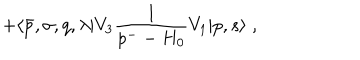
LaTeX: + \langle \bar { p } , \sigma , q , \lambda \vert V _ { 3 } { \frac { 1 } { p ^ { - } - H _ { 0 } } } V _ { 1 } \vert p , s \rangle \; ,